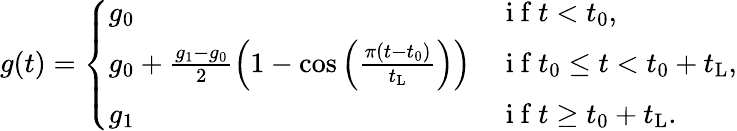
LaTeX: g(t)=\left\{ \begin{array}{ll}{g_{\mathrm{0}}}&{\mathrm{~i~f~}t<t_{\mathrm{0}},}\\ {g_{\mathrm{0}}+\frac{g_{\mathrm{1}}-g_{\mathrm{0}}}{2}\left(1-\cos\left(\frac{\pi(t-t_{\mathrm{0}})}{t_{\mathrm{L}}}\right)\right)}&{\mathrm{~i~f~}t_{\mathrm{0}}\leq t<t_{\mathrm{0}}+t_{\mathrm{L}},}\\ {g_{\mathrm{1}}}&{\mathrm{~i~f~}t\geq t_{\mathrm{0}}+t_{\mathrm{L}}.}\end{array}\right.